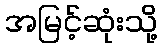
အမြင့်ဆုံးသို့